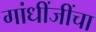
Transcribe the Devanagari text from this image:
गांधींजींचा